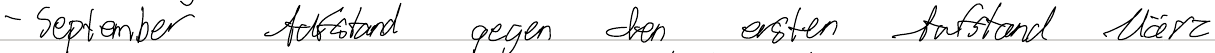
- September Aufstand gegen den ersten Aufstand März